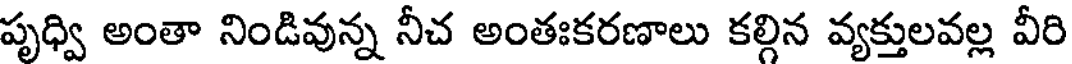
పృధ్వి అంతా నిండివున్న నీచ అంతఃకరణాలు కల్గిన వ్యక్తులవల్ల వీరి